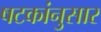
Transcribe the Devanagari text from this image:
षटकांनुसार